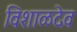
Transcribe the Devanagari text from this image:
विशाळदेव